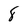
Character: 8